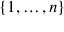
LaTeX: \{ 1 , \dots , n \}